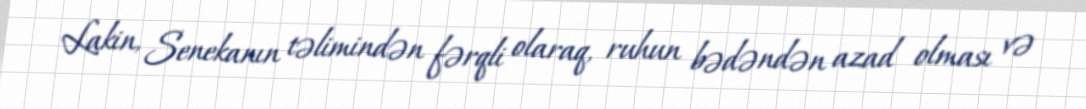
Lakin, Senekanın təlimindən fərqli olaraq, ruhun bədəndən azad olması və